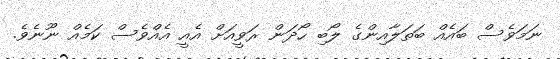
ނަމަވެސް ބައެއް ބަތަލާއިންގެ ލޯބި ހޯދަން ރަވީއަށް އެއީ އެއްވެސް ކަމެއް ނޫނެވެ.